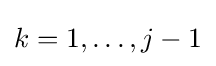
k=1,\ldots ,j-1